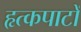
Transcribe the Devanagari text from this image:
हृत्कपाटों